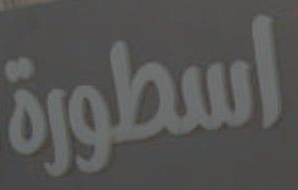
اسطورة